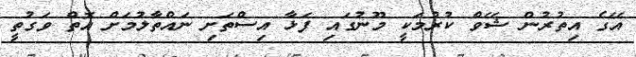
އޭގެ އިތުރުން ޝޭވް ކުރުމަކީ މޫނުގައި ފަޅާ އިސްތަށި ނައްތާލުމަށް އޮތް ވަގުތީ